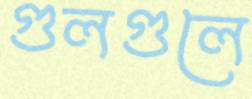
গুলগুলে